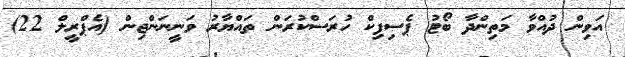
އަވިން ދުއްވާ މަތިންދާ ބޯޓު ޕެސިފިކް ހުރަސްކުރަން ތައްޔާރު ވަނީނަންޖިން (އެޕްރީލް 22)